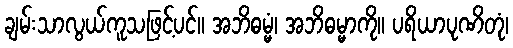
ချမ်းသာလွယ်ကူသဖြင့်ပင်။ အဘိဓမ္မံ၊ အဘိဓမ္မာကို။ ပရိယာပုဏိတုံ၊